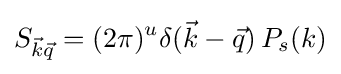
S_{{\vec {k}}{\vec {q}}}=(2\pi )^{u}\delta ({\vec {k}}-{\vec {q}})\,P_{s}(k)